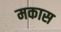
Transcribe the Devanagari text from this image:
मकास